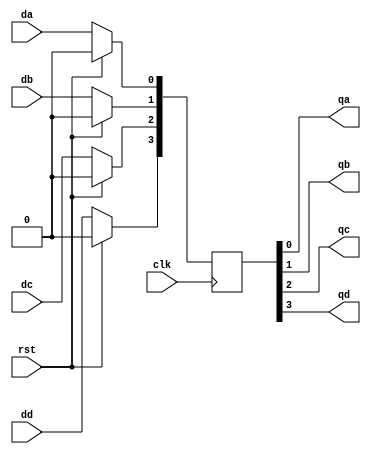
module parallel_in_parallel_out(
    input clk,rst,da,db,dc,dd,
    output qa,qb,qc,qd
    );
	 
	 reg [3:0] q;
	 assign qa= q[0];
	 assign qb= q[1];
	 assign qc= q[2];
	 assign qd= q[3];
	 
	 always @ (posedge clk)
	 begin
	 if(rst)
	 begin
	 q<= 4'b0000;
	 end
	 else
	 begin
	 q[0]<=da;
	 q[1]<=db;
	 q[2]<=dc;
	 q[3]<=dd;
	 end
	 end
endmodule